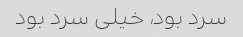
سرد بود، خیلی سرد بود